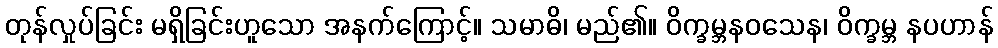
တုန်လှုပ်ခြင်း မရှိခြင်းဟူသော အနက်ကြောင့်။ သမာဓိ၊ မည်၏။ ဝိက္ခမ္ဘနဝသေန၊ ဝိက္ခမ္ဘ နပဟာန်